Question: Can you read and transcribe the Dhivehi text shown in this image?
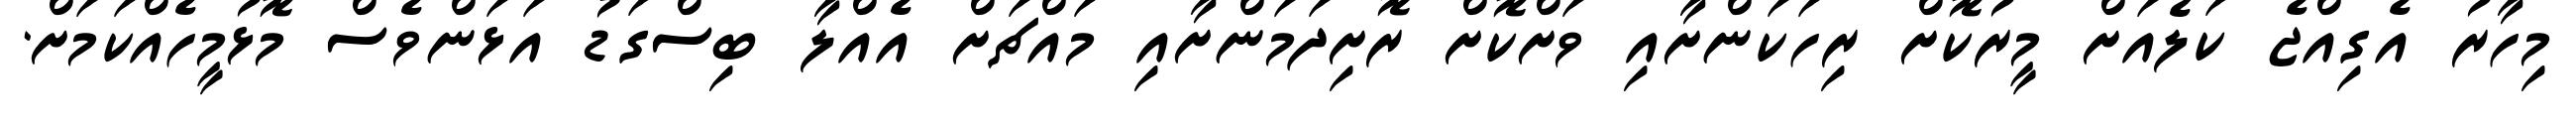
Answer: މިހާރު އެގިއްޖެ ކަލެއަށް މީރުކޮށް ރިހަކަންށާއި ވަށްކޮށް ރޮށިދަމަންށާއި މައްޗަށް އެއްލާ ބިސްގަޑު އަޅަންވެސް މޮޅުމީހެއްކަމަށް.